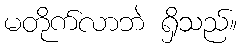
မတိုက်လာဘဲ ရှိသည်။